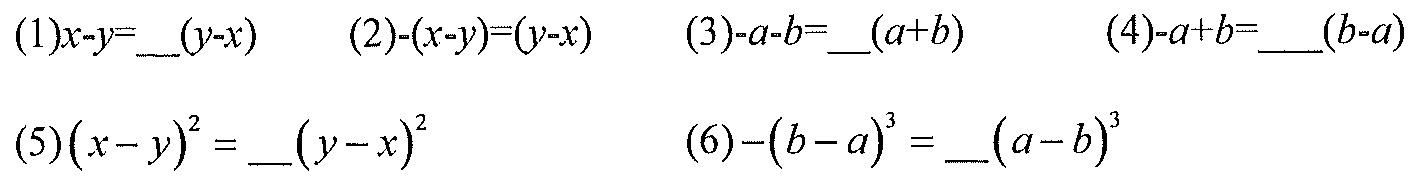
$(1)x - y=\underline{\ \ }(y - x)\quad(2)-(x - y)=(y - x)\quad(3)-a - b=\underline{\ \ }(a + b)\quad(4)-a + b=\underline{\ \ }(b - a)$
$(5)(x - y)^2=\underline{\ \ }(y - x)^2\quad(6)-(b - a)^3=\underline{\ \ }(a - b)^3$